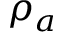
\rho _ { a }